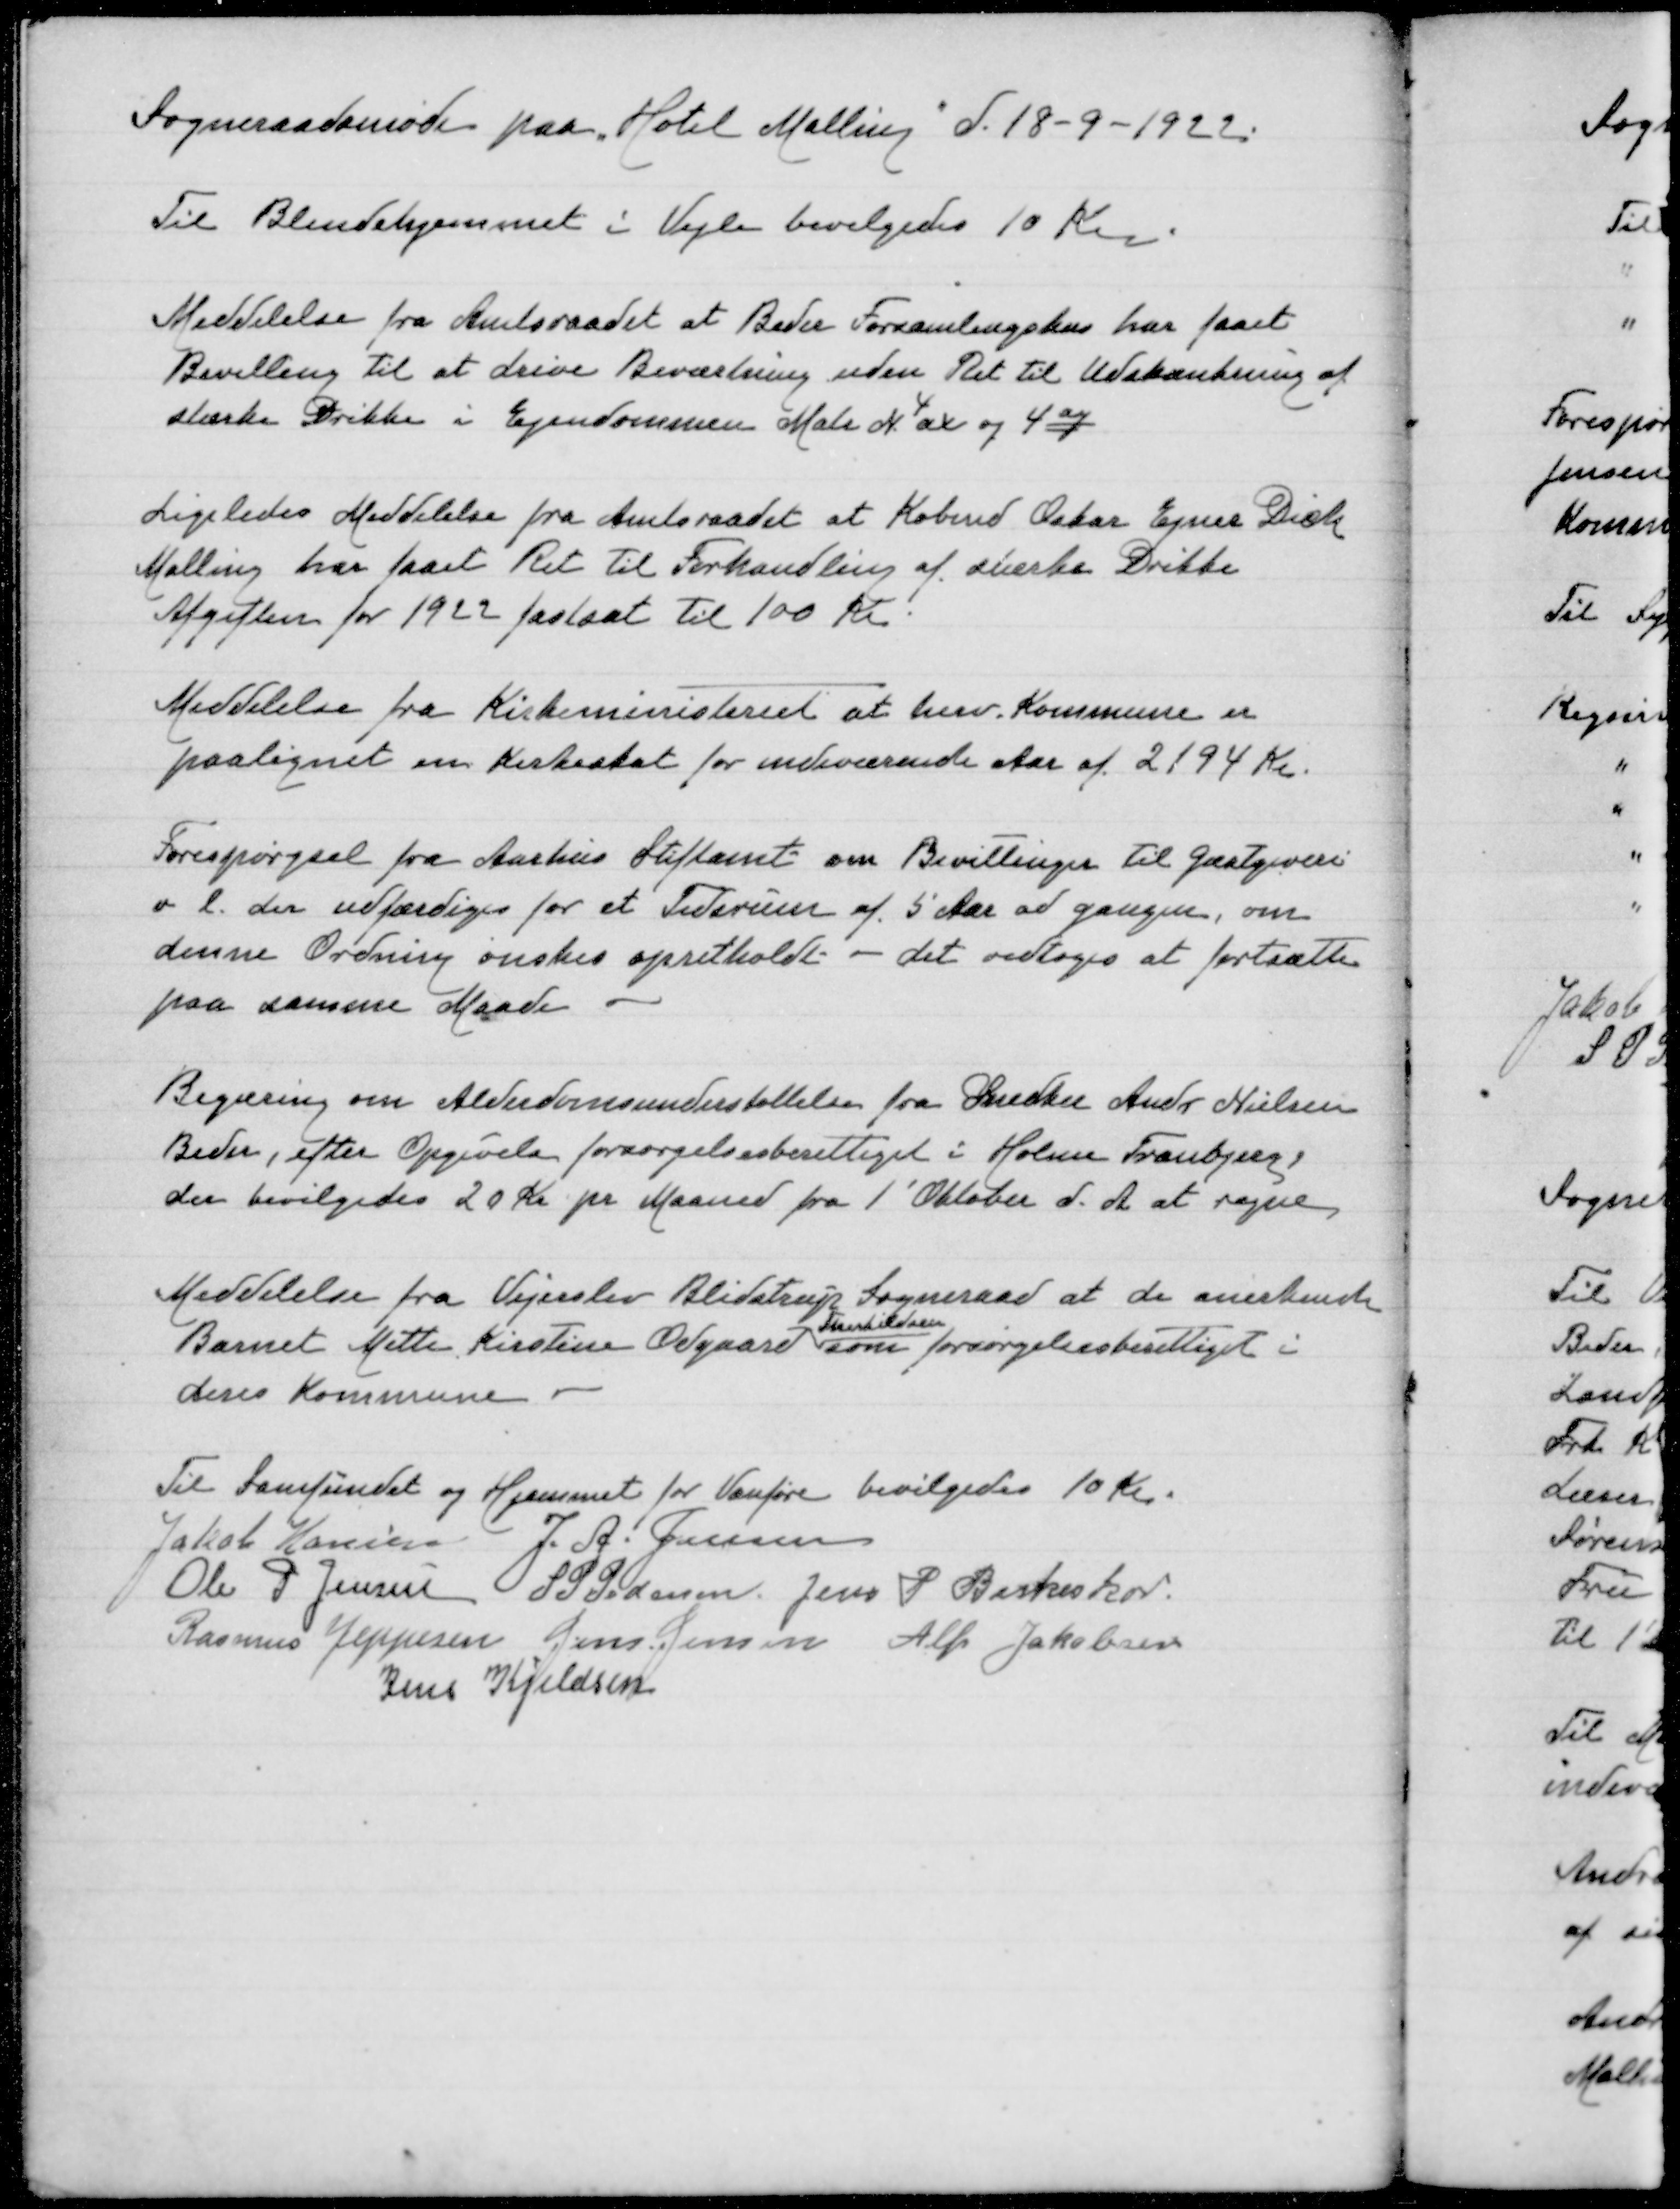
Transskription:
Sogneraadsmøde paa "Hotel Malling" d 18-9-1922

Til Blindehjemmet i Vejle bevilgedes 10 Kr

Meddelelse fra Amtsraadet at Beder Forsamlingshus har faaet
Bevilling til at drive Beværtning uden Ret til Udskænkning af
stærke Drikke i Ejendommen Matr N 4 ax og 4 ay

Ligeledes Meddelelse fra Amtsraadet at Købmd Oskar Ejner Dich
Malling har faaet Ret til Forhandling af stærke Drikke
Afgiften for 1922 fastsat til 100 Kr

Meddelelse fra Kirkeministeriet at herv Kommune er
paalignet en Kirkeskat for indeværende Aar af 2194 Kr

Forespørgsel fra Aarhus Stiftamt om Bevillinger til Gæstgiveri
o l der udfærdiges for et Tidsrum af 5 Aar ad gangen, om
denne Ordning ønskes opretholdt - det vedtoges at fortsætte
paa samme Maade

Begæring om Alderdomsunderstøttelse fra Snedker Andr Nielsen
Beder, efter Opgivelse forsørgelsesberettiget i Holme Tranbjerg
der bevilgedes 20 Kr pr Maaned fra 1' Oktober d A at regne

Meddelelse fra Vejerslev Blidstrup Sogneraad at de anerkender
Therkildsen
Barnet Mette Kirstine Odgaard som forsørgelsesberettigret i
deres Kommune

Til Samfundet og Hjemmet for Vanføre bevilgedes 10 Kr
Jakob Hansen
J A Jensen
Ole P Jensen
S P Pedersen
Jens P Birkeskov
Rasmus Jeppesen
Jens Jensen
Alfr Jakobsen
Jens Kjeldsen